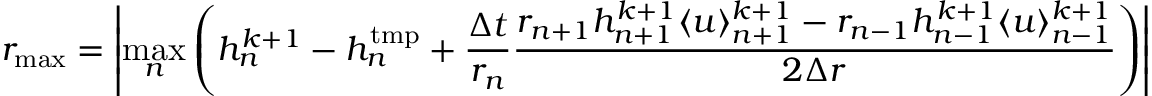
r _ { \mathrm { m a x } } = \left| \underset { n } { \operatorname* { m a x } } \left( h _ { n } ^ { k + 1 } - h _ { n } ^ { \mathrm { t m p } } + \frac { \Delta t } { r _ { n } } \frac { r _ { n + 1 } h _ { n + 1 } ^ { k + 1 } \langle u \rangle _ { n + 1 } ^ { k + 1 } - r _ { n - 1 } h _ { n - 1 } ^ { k + 1 } \langle u \rangle _ { n - 1 } ^ { k + 1 } } { 2 \Delta r } \right) \right|